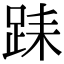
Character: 𨀤